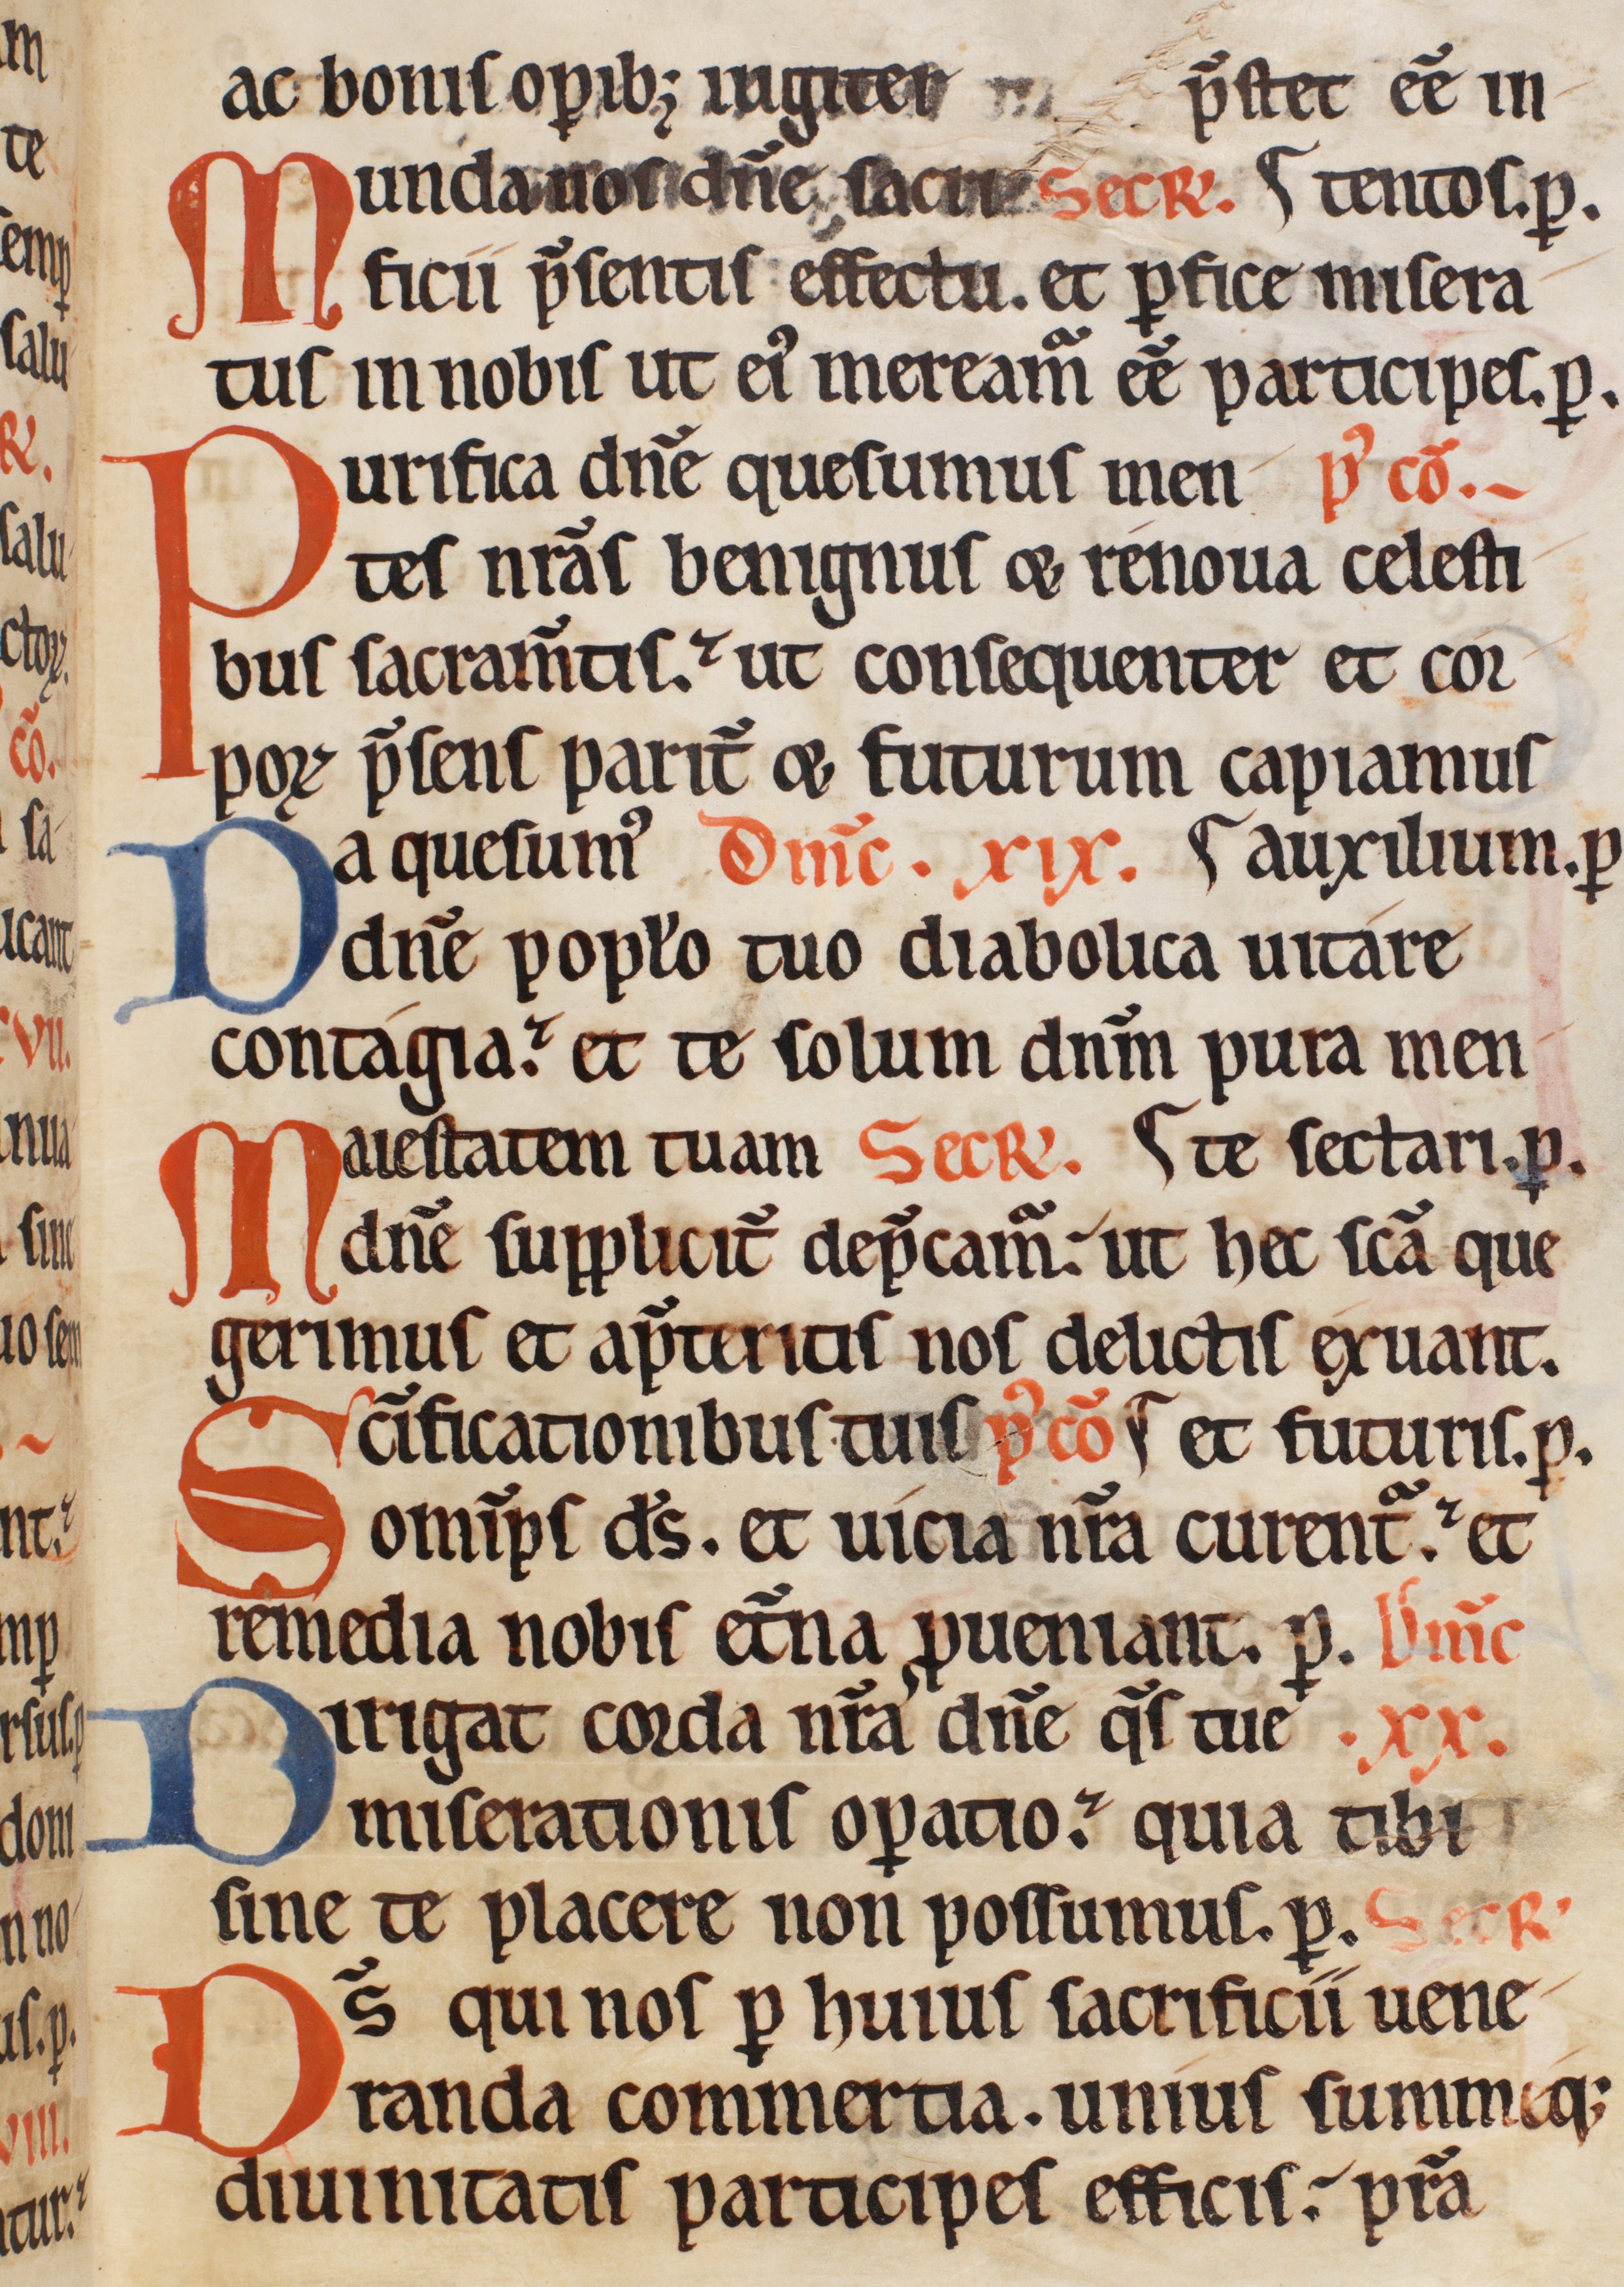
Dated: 1185–1215